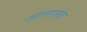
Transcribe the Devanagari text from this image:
आलगलंड